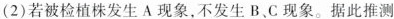
(2)若被检植株发生A现象，不发生B、C现象。据此推测